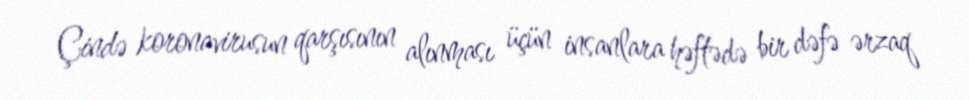
Çində koronavirusun qarşısının alınması üçün insanlara həftədə bir dəfə ərzaq